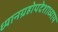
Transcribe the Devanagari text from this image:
ध्यानग्रहोपदेशाध्याय